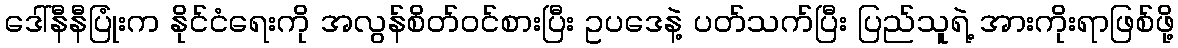
ဒေါ်နီနီပြုံးက နိုင်ငံရေးကို အလွန်စိတ်ဝင်စားပြီး ဥပဒေနဲ့ ပတ်သက်ပြီး ပြည်သူရဲ့ အားကိုးရာဖြစ်ဖို့